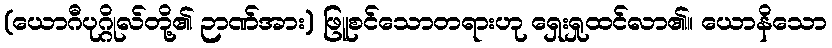
(ယောဂီပုဂ္ဂိုလ်တို့၏ ဉာဏ်အား) ဖြူစင်သောတရားဟု ရှေးရှုထင်လာ၏။ ယောနိသော